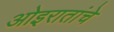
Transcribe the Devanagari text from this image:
ओइरातांचे